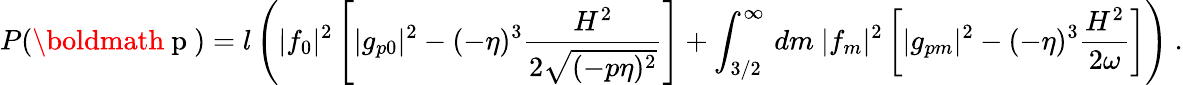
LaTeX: P(\mathrm{\boldmath~p~})=l\left(|f_{0}|^{2}\left[|g_{p0}|^{2}-(-\eta)^{3}\frac{H^{2}}{2\sqrt{(-p\eta)^{2}}}\right]+\int_{3/2}^{\infty}\, dm\ |f_{m}|^{2}\left[|g_{pm}|^{2}-(-\eta)^{3}\frac{H^{2}}{2\omega}\right]\right)\ .